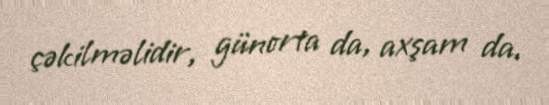
çəkilməlidir, günorta da, axşam da.